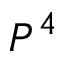
P ^ { 4 }